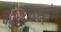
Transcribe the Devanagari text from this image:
चतुर्थकस्तंभ